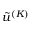
\tilde { u } ^ { ( K ) }